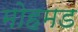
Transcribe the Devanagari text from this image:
मोहमड